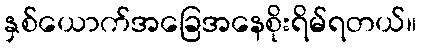
နှစ်ယောက်အခြေအနေစိုးရိမ်ရတယ်။